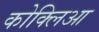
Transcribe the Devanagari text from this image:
कोक्लिआ